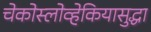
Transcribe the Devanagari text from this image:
चेकोस्लोव्हेकियासुद्धा